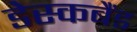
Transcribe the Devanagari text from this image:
डेस्कबैंड